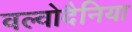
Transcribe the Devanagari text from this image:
वल्वोदैनिया